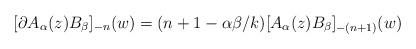
LaTeX: \begin{align*}[ \partial A_{\alpha}(z)B_{\beta} ]_{-n}(w)=(n+1-\alpha\beta/k) [ A_{\alpha}(z)B_{\beta} ]_{-(n+1)}(w)\end{align*}